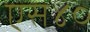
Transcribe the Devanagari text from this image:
एस४०